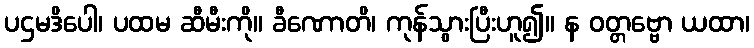
ပဌမဒိပေါ၊ ပထမ ဆီမီးကို။ ခီဏောတိ၊ ကုန်သွားပြီးဟူ၍။ န ဝတ္တဗ္ဗော ယထာ၊